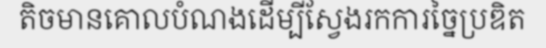
តិចមានគោលបំណងដើម្បីស្វែងរកការច្នៃប្រឌិត